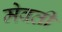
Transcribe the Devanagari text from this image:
मेवती